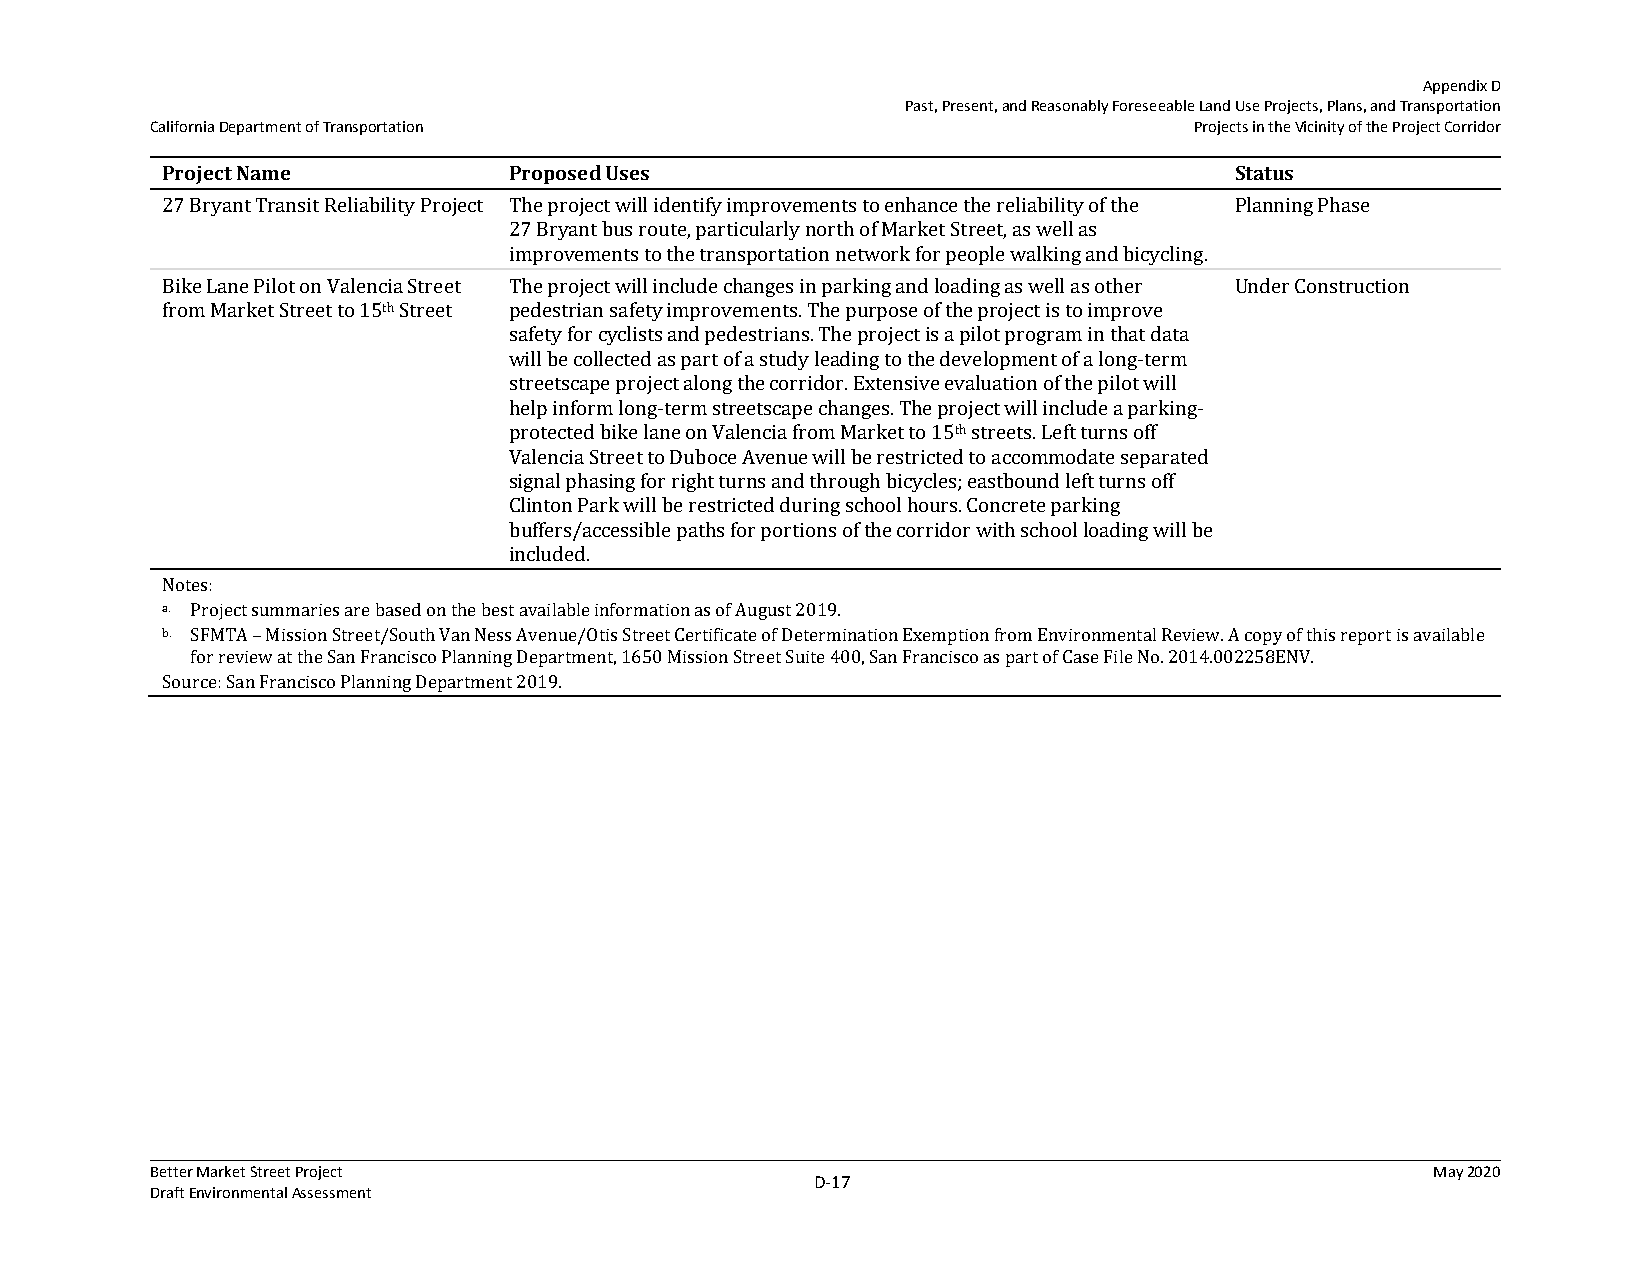
Appendix D
 Past, Present, and Reasonably Foreseeable Land Use Projects, Plans, and Transportation
 California Department of Transportation                              Projects in the Vicinity of the Project Corridor
 Project Name           Proposed Uses                                   Status
 27 Bryant Transit Reliability Project The project will identify improvements to enhance the reliability of the Planning Phase
 27 Bryant bus route, particularly north of Market Street, as well as
 improvements to the transportation network for people walking and bicycling.
 Bike Lane Pilot on Valencia Street The project will include changes in parking and loading as well as other Under Construction
 from Market Street to 15th Street pedestrian safety improvements. The purpose of the project is to improve
 safety for cyclists and pedestrians. The project is a pilot program in that data
 will be collected as part of a study leading to the development of a long-term
 streetscape project along the corridor. Extensive evaluation of the pilot will
 help inform long-term streetscape changes. The project will include a parking-
 protected bike lane on Valencia from Market to 15th streets. Left turns off
 Valencia Street to Duboce Avenue will be restricted to accommodate separated
 signal phasing for right turns and through bicycles; eastbound left turns off
 Clinton Park will be restricted during school hours. Concrete parking
 buffers/accessible paths for portions of the corridor with school loading will be
 included.
 Notes:
 a. Project summaries are based on the best available information as of August 2019.
 b. SFMTA – Mission Street/South Van Ness Avenue/Otis Street Certificate of Determination Exemption from Environmental Review. A copy of this report is available
 for review at the San Francisco Planning Department, 1650 Mission Street Suite 400, San Francisco as part of Case File No. 2014.002258ENV.
 Source: San Francisco Planning Department 2019.
 Better Market Street Project                                                         May 2020
 D‐17
 Draft Environmental Assessment